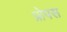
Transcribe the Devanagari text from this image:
प्रोपस